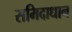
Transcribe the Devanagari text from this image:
समिदाधान